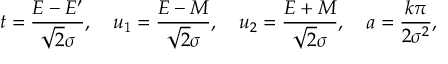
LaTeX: t = { \frac { E - E ^ { \prime } } { { \sqrt { 2 } } \sigma } } , \quad u _ { 1 } = { \frac { E - M } { { \sqrt { 2 } } \sigma } } , \quad u _ { 2 } = { \frac { E + M } { { \sqrt { 2 } } \sigma } } , \quad a = { \frac { k \pi } { 2 \sigma ^ { 2 } } } ,